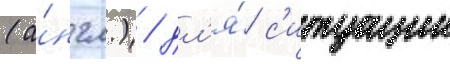
(а́нгл.) / дл'я́ с'итуации